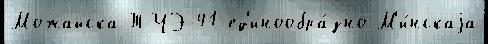
Можайска ТЧЭ-41 ед'инообра́зно М'и́нскаjа